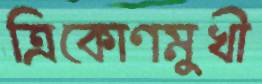
ত্রিকোণমুখী